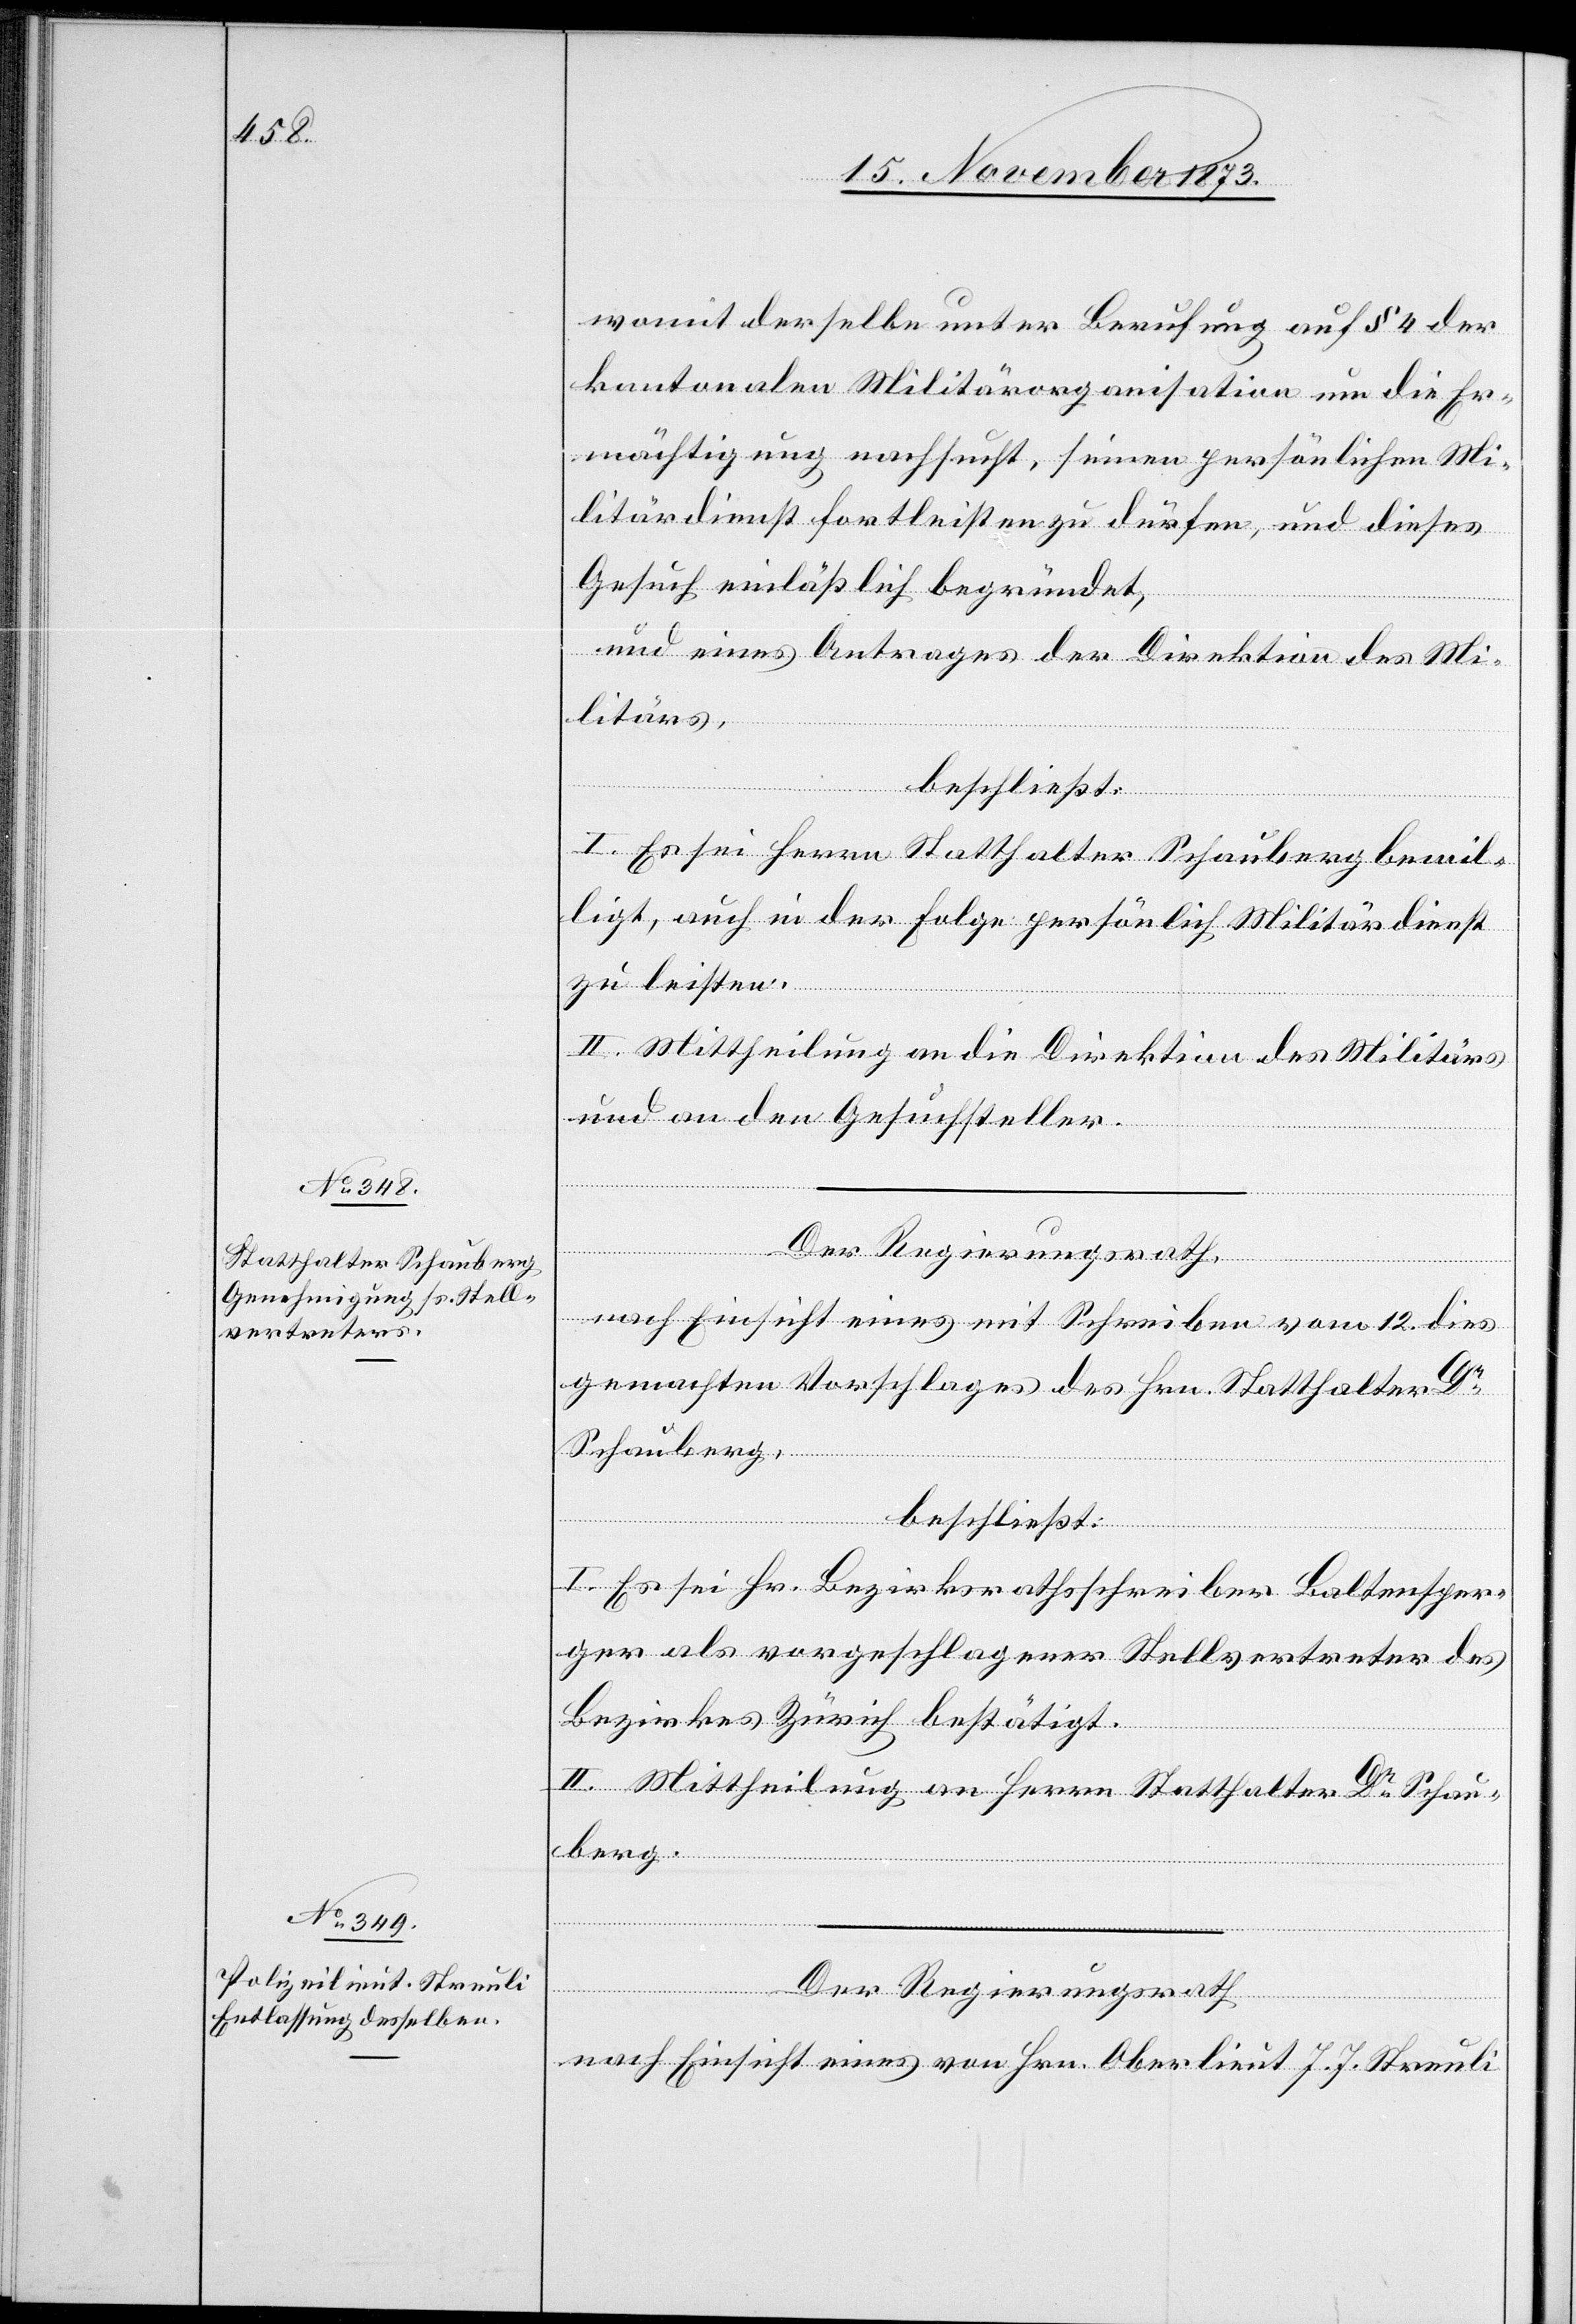
womit derselbe unter Berufung auf § 4 der
kantonalen Militärorganisation um die Er¬
mächtigung nachsucht, seinen persönlichen Mi¬
litärdienst fortleisten zu dürfen, und dieses
Gesuch einläßlich begründet,
und eines Antrages der Direktion des Mi¬
litärs,
beschließt:
I. Es sei Herrn Statthalter Schauberg bewil¬
ligt, auch in der Folge persönlich Militärdienst
zu leisten.
II. Mittheilung an die Direktion des Militärs
und an den Gesuchsteller.
Der Regierungsrath,
nach Einsicht eines mit Schreiben vom 12. dies
gemachten Vorschlages des Hrn. Statthalter Dr
Schauberg,
beschließt:
I. Es sei Hr. Bezirksrathsschreiber Baltensper¬
ger als vorgeschlagener Stellvertreter des
Bezirkes Zürich bestätigt.
II. Mittheilung an Herrn Statthalter Dr Schau¬
berg.
Der Regierungsrath
nach Einsicht eines von Hrn. Oberlieut J. J. Streuli